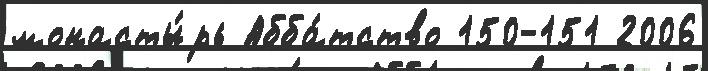
монасты́рь Абба́тство 150-151 2006